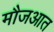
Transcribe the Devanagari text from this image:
मौजआत